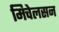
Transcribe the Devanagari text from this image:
मिचेलसन